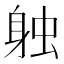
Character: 𫏪